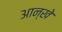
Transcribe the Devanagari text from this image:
आन्खे